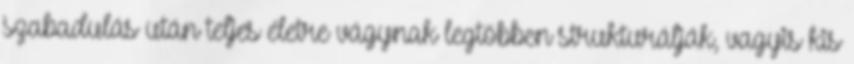
szabadulás után teljes életre vágynak legtöbben strukturálják, vagyis kis